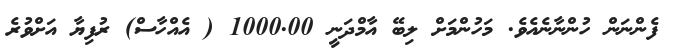
ފެންނަން ހުންނާނެއެވެ. މަހުންމަށް ލިބޭ އާމްދަނީ 1000.00 ( އެއްހާސް) ރުފިޔާ އަަށްވުރެ